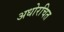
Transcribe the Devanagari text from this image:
अधोरचित